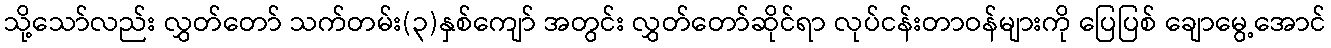
သို့သော်လည်း လွှတ်တော် သက်တမ်း(၃)နှစ်ကျော် အတွင်း လွှတ်တော်ဆိုင်ရာ လုပ်ငန်းတာဝန်များကို ပြေပြစ် ချောမွေ့အောင်